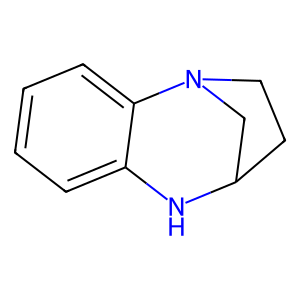
SMILES: c1ccc2c(c1)NC1CCN2C1
Inhibits HIV replication: No